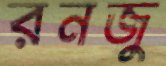
রনজু